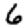
Digit: 6